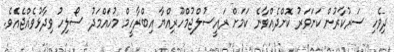
ދިވެހި ސަރުކާރުން ކަށަވަރު ކޮށްދެއްވާނެ ކަމަށް ރައީސުލްޖުމްހޫރިއްޔާ އިބްރާހީމް މުހައްމަދު ސޯލިހު ވިދާޅުވެއްޖެއެވެ.